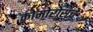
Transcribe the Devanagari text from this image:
कोमोरोसचे